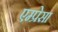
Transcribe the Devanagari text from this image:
एम्प्रेसा